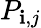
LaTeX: P_{\mathbf{i},j}